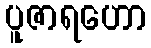
ပူဇာရဟော